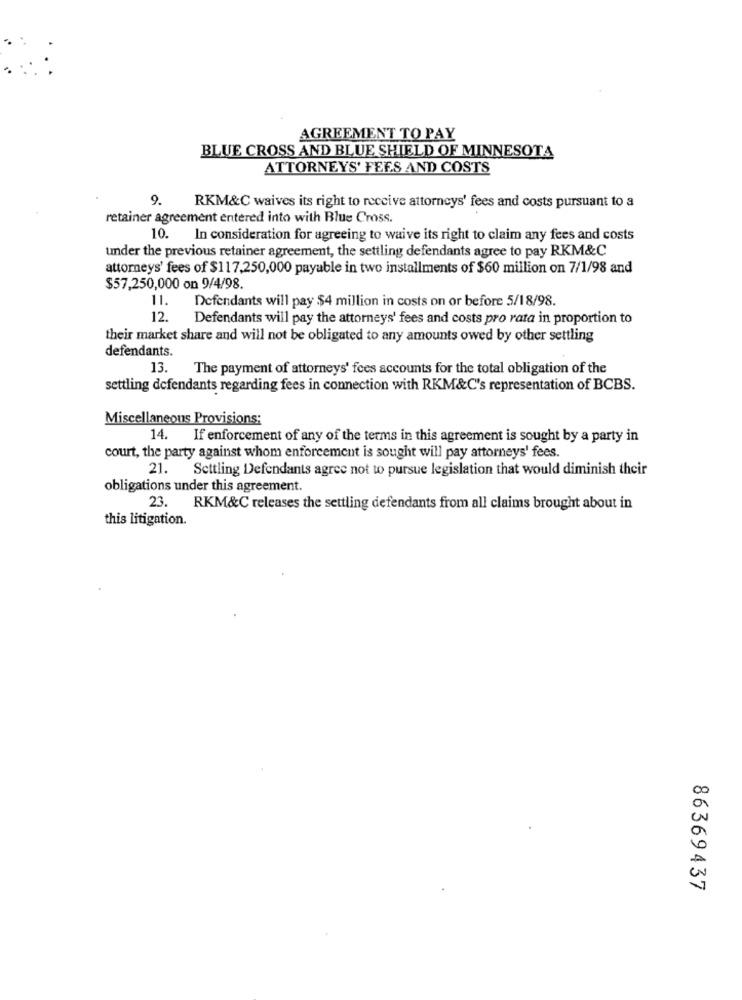
AGREEMENT TO PAY
BLUE CROSS AND BLUE SHIELD OF MINNESOTA
ATTORNEYS' FEES AND COSTS
9.
RKM&C waives its right to receive attorneys' fees and costs pursuant to a
retainer agreement entered into with Blue Cross.
10.
In consideration for agreeing to waive its right to claim any fees and costs
under the previous retainer agreement, the settling defendants agree to pay RKM&C
attorneys' fees of $117,250,000 payable in two installments of $60 million on 7/1/98 and
$57,250,000 on 9/4/98.
11. Defendants will pay $4 million in costs on or before 5/18/98.
12.
Defendants will pay the attorneys' fees and costs pro rata in proportion to
their market share and will not be obligated to any amounts owed by other settling
defendants.
13.
The payment of attorneys' fees accounts for the total obligation of the
settling defendants regarding fees in connection with RKM&C's representation of BCBS.
Miscellaneous Provisions:
14. If enforcement of any of the terms in this agreement is sought by a party in
court, the party against whom enforcement is sought will pay attorneys' fees.
21.
Settling Defendants agree not to pursue legislation that would diminish their
obligations under this agreement.
23. RKM&C releases the settling defendants from all claims brought about in
this litigation.
86369437